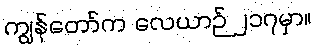
ကျွန်တော်က လေယာဉ် ၂၁၇မှာ။